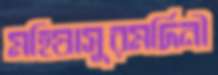
মহিষাসুরমর্দিনী